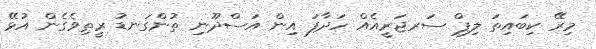
މިރޭ ކިބައިތަ ލިޕް ސަރޖަރީއެއް ހަދާފަ އިން އަސްދޫނި ތުންގަނޑު ރީތިވެގެން އުޅޭ